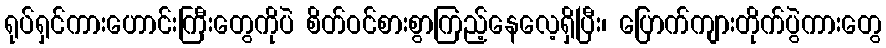
ရုပ်ရှင်ကားဟောင်းကြီးတွေကိုပဲ စိတ်ဝင်စားစွာကြည့်နေလေ့ရှိပြီး၊ ပြောက်ကျားတိုက်ပွဲကားတွေ